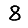
Digit: 8